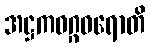
အဋ္ဌကဝဂ္ဂဝရောတိ